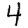
Digit: 4